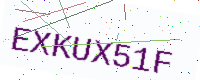
Text: EXKUX51F